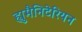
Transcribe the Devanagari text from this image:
ह्युमैनिटेरियन